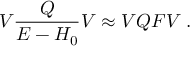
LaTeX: V { \frac { \cal Q } { E - H _ { 0 } } } V \approx V { \cal Q } F V \; .